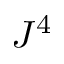
J ^ { 4 }